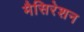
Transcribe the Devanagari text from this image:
मैसिरेशन